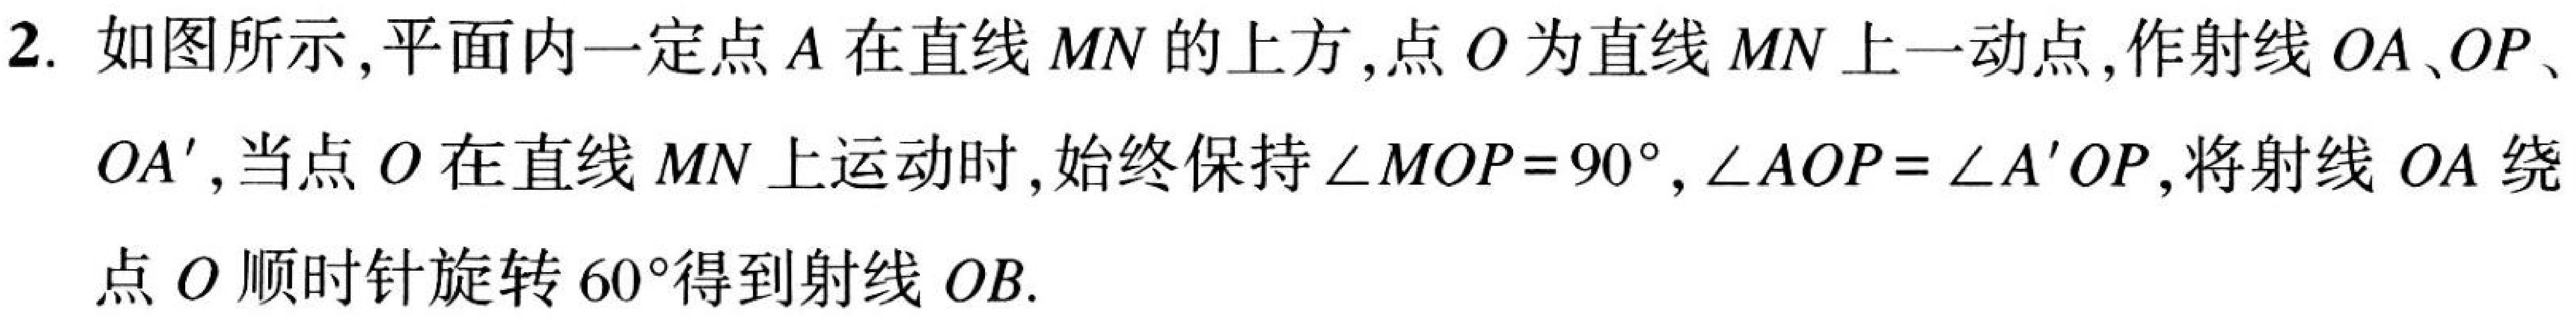
2. 如图所示,平面内一定点\(A\)在直线\(MN\)的上方,点\(O\)为直线\(MN\)上一动点,作射线\(OA、OP、\)
\(OA'\),当点\(O\)在直线\(MN\)上运动时,始终保持\(\angle MOP = 90^{\circ},\angle AOP=\angle A'OP\),将射线\(OA\)绕
点\(O\)顺时针旋转\(60^{\circ}\)得到射线\(OB\).